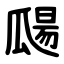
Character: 㼒